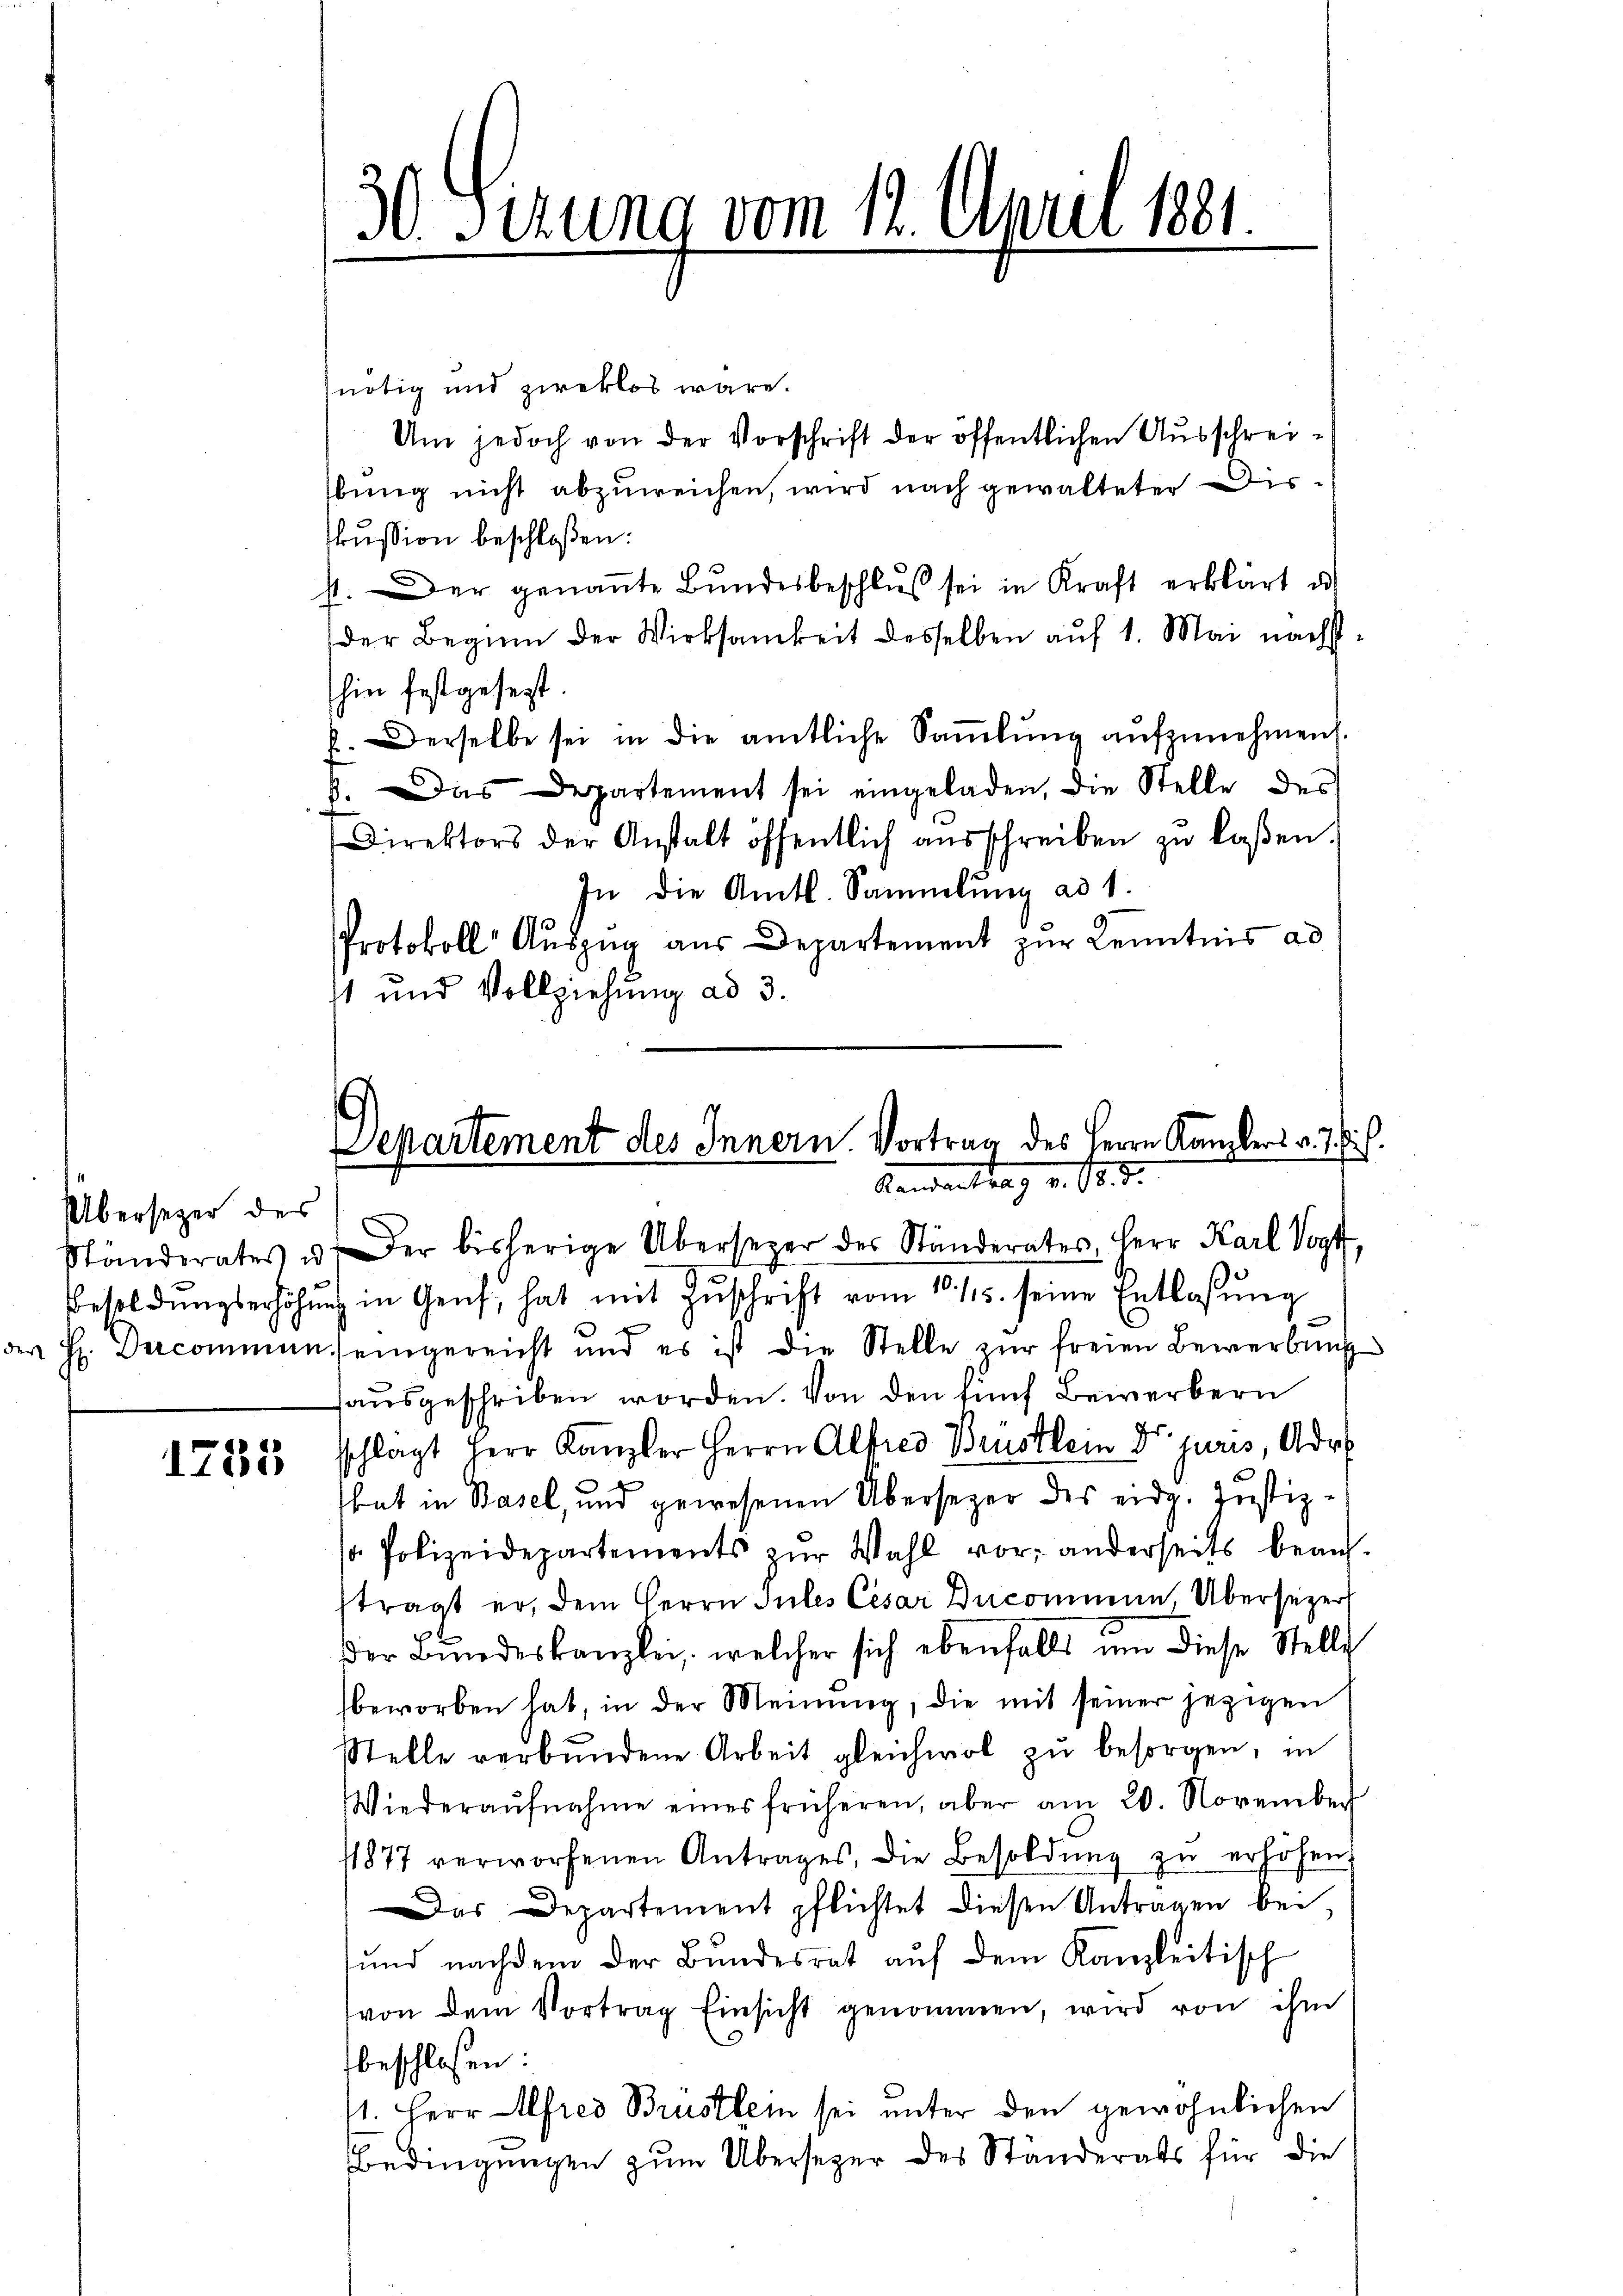
Übersezer des
Ständerates u.

1755

nötig und zieklos wäre.
kussion beschloßen:
st. Der genaṅte Bŭndesbeschlŭβ sei in Kraft erklärt u.
der Beginn der Wirksamkeit desselben auf 1. Mai nächsthin festgesezt.
b. Derselbe sei in die amtliche Saṁlŭng aŭfzŭnehmen.
Das Departement sei eingeladen, die Stelle des
.
Direktors der Anstalt öffentlich aŭsschreiben zu laßen.
In die Amtl. Sammlung ad 1.
Protokoll Auszug aus Departement zur Kenntnis ad
st und Vollziehung ad 3.

30 Sizung vom 12. April 1881

Um jedoch von der Vorschrift der öffentlichen Ausschreibung nicht abzuweichen, wird nach gewalteter Dis¬

Departement des Innern Vortrag des Herrn Kanzlers v. J. J.
Landantrag v. 18. d.
.Der bisherige Übersezer des Ständerates, Herr Karl Vogt,

Besoldŭngserhöhung in Genf, hat mit Zŭschrift vom 10. 15. seine Entlassŭng
der H. Dercommens eingereicht und es ist die Stelle zŭr freien Bewerbŭng
haŭsgeschriben worden. Von den fünf Bewerbern
schlagt Herr Kanzler Herrn Alfred Brustlein Dr. juris, Adre
bat in Basel, und gewesenen Übersezer des eidg. Justiz-
s Polizeidepartements zŭr Wahl vor: anderseits bean-
ftragt er, dem Herrn Sules Cesar Ducommen, Übersezer
der Bundeskanzlei, welcher sich ebenfalls um diese Stelle
beworben hat, in der Meinung, die mit seiner jezigen
Stelle verbŭndene Arbeit gleichwol zŭ besorgen, in
Wiederaŭfnahme eines früheren, aber am 20. November
11877 verworfenen Antrages, die Besoldŭng zŭ erhöhen.
Das Departement pflichtet diesen Antragen bei,
und nachdem der Bundesrat aŭf dem Kanzleitisch
von dem Vortrag Einsicht genommen, wird von ihm
beschlossen:
41. Herr Alfred Brustlein sei unter den gewöhnlichen
Bedingungen zum Übersezer des Ständerats für die